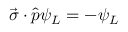
\vec { \sigma } \cdot \widehat { p } \psi _ { L } = - \psi _ { L }